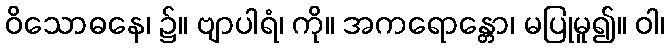
ဝိသောဓနေ၊ ၌။ ဗျာပါရံ၊ ကို။ အကရောန္တော၊ မပြုမူ၍။ ဝါ၊